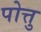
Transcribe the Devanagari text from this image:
पोत्तु